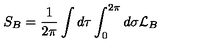
S _ { B } = \frac { 1 } { 2 \pi } \int d \tau \int _ { 0 } ^ { 2 \pi } d \sigma { \cal L } _ { B }